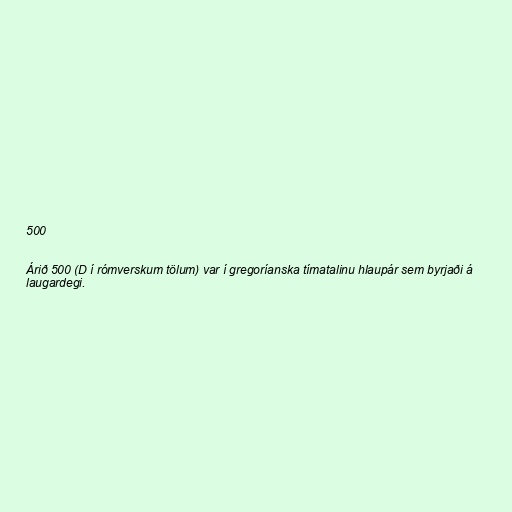
500

Árið 500 (D í rómverskum tölum) var í gregoríanska tímatalinu hlaupár sem byrjaði á
laugardegi.